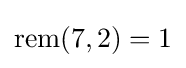
\mathrm {rem} (7,2)=1